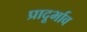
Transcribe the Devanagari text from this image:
प्रादूर्भाव